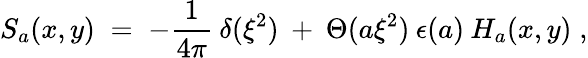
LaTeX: S_{a}(x,y)\; =\; -\frac{1}{4\pi}\: \delta(\xi^{2})\: +\: \Theta(a\xi^{2})\: \epsilon(a)\: H_{a}(x,y)\; ,